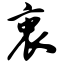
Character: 衷